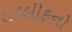
તકલીફનો